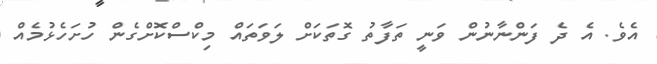
އެވެ. އެ ދެ ފަންނާނުން ވަނީ ތަފާތު ގޮތަކަށް ލަވަތައް މިކްސްކޮށްގެން ހުށަހެޅުމެއް